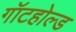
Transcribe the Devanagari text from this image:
गॉटहोल्ड